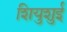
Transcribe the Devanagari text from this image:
शियुशुई